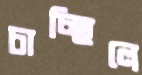
চাচ্ছিলে